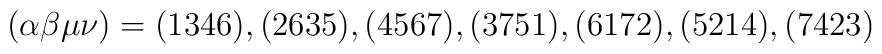
(\alpha\beta\mu\nu)=(1346), (2635), (4567), (3751), (6172), (5214), (7423)